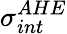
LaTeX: \sigma_{int}^{AHE}